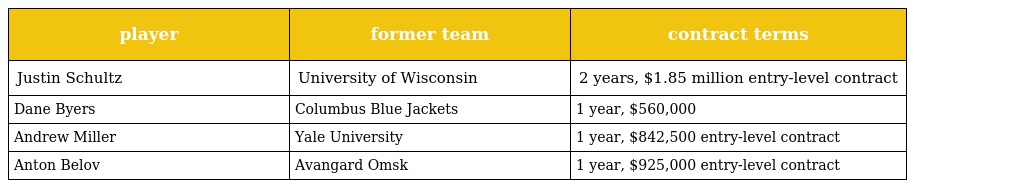
| player | former team | contract terms |
 | --- | --- | --- |
 | Justin Schultz | University of Wisconsin | 2 years, $1.85 million entry-level contract |
 | Dane Byers | Columbus Blue Jackets | 1 year, $560,000 |
 | Andrew Miller | Yale University | 1 year, $842,500 entry-level contract |
 | Anton Belov | Avangard Omsk | 1 year, $925,000 entry-level contract |